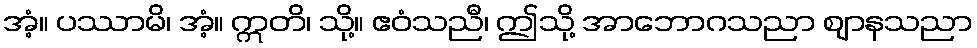
အံ့။ ပဿာမိ၊ အံ့။ ဣတိ၊ သို့။ ဧဝံသညီ၊ ဤသို့ အာဘောဂသညာ ဈာနသညာ